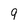
Character: 9